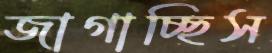
জাগাচ্ছিস